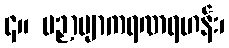
၄။ ပဉှာဗျာကရဏရဟန်း၊